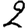
Digit: 2